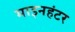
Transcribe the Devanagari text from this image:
माइनहंटर